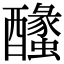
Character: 𨣰